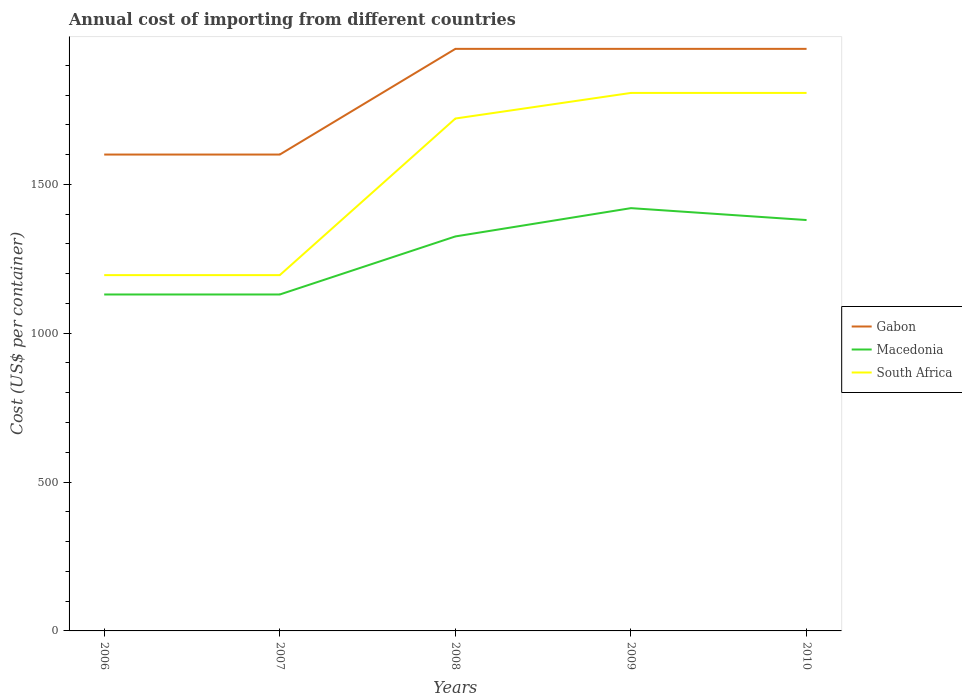
| Years | Gabon | Macedonia | South Africa |
 | --- | --- | --- | --- |
 | 2006 | 1.6e+03 | 1.13e+03 | 1.2e+03 |
 | 2007 | 1.6e+03 | 1.13e+03 | 1.2e+03 |
 | 2008 | 1.96e+03 | 1.32e+03 | 1.72e+03 |
 | 2009 | 1.96e+03 | 1.42e+03 | 1.81e+03 |
 | 2010 | 1.96e+03 | 1.38e+03 | 1.81e+03 |